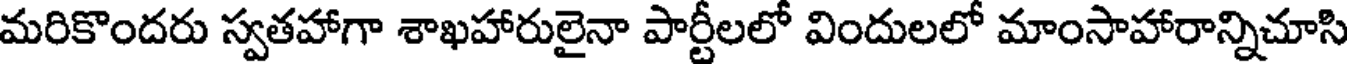
మరికొందరు స్వతహాగా శాఖహారులైనా పార్టీలలో విందులలో మాంసాహారాన్నిచూసి